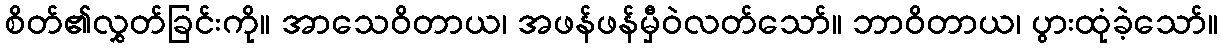
စိတ်၏လွှတ်ခြင်းကို။ အာသေဝိတာယ၊ အဖန်ဖန်မှီဝဲလတ်သော်။ ဘာဝိတာယ၊ ပွားထုံခဲ့သော်။